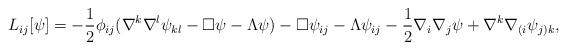
LaTeX: \begin{align*}L_{ij}[\psi] =- \frac{1}{2}\phi_{ij}(\nabla^k\nabla^l\psi_{kl}-\square\psi-\Lambda\psi)- \square \psi_{ij} - \Lambda \psi_{ij}- \frac{1}{2}\nabla_i\nabla_j \psi + \nabla^k\nabla_{(i}\psi_{j)k} ,\end{align*}